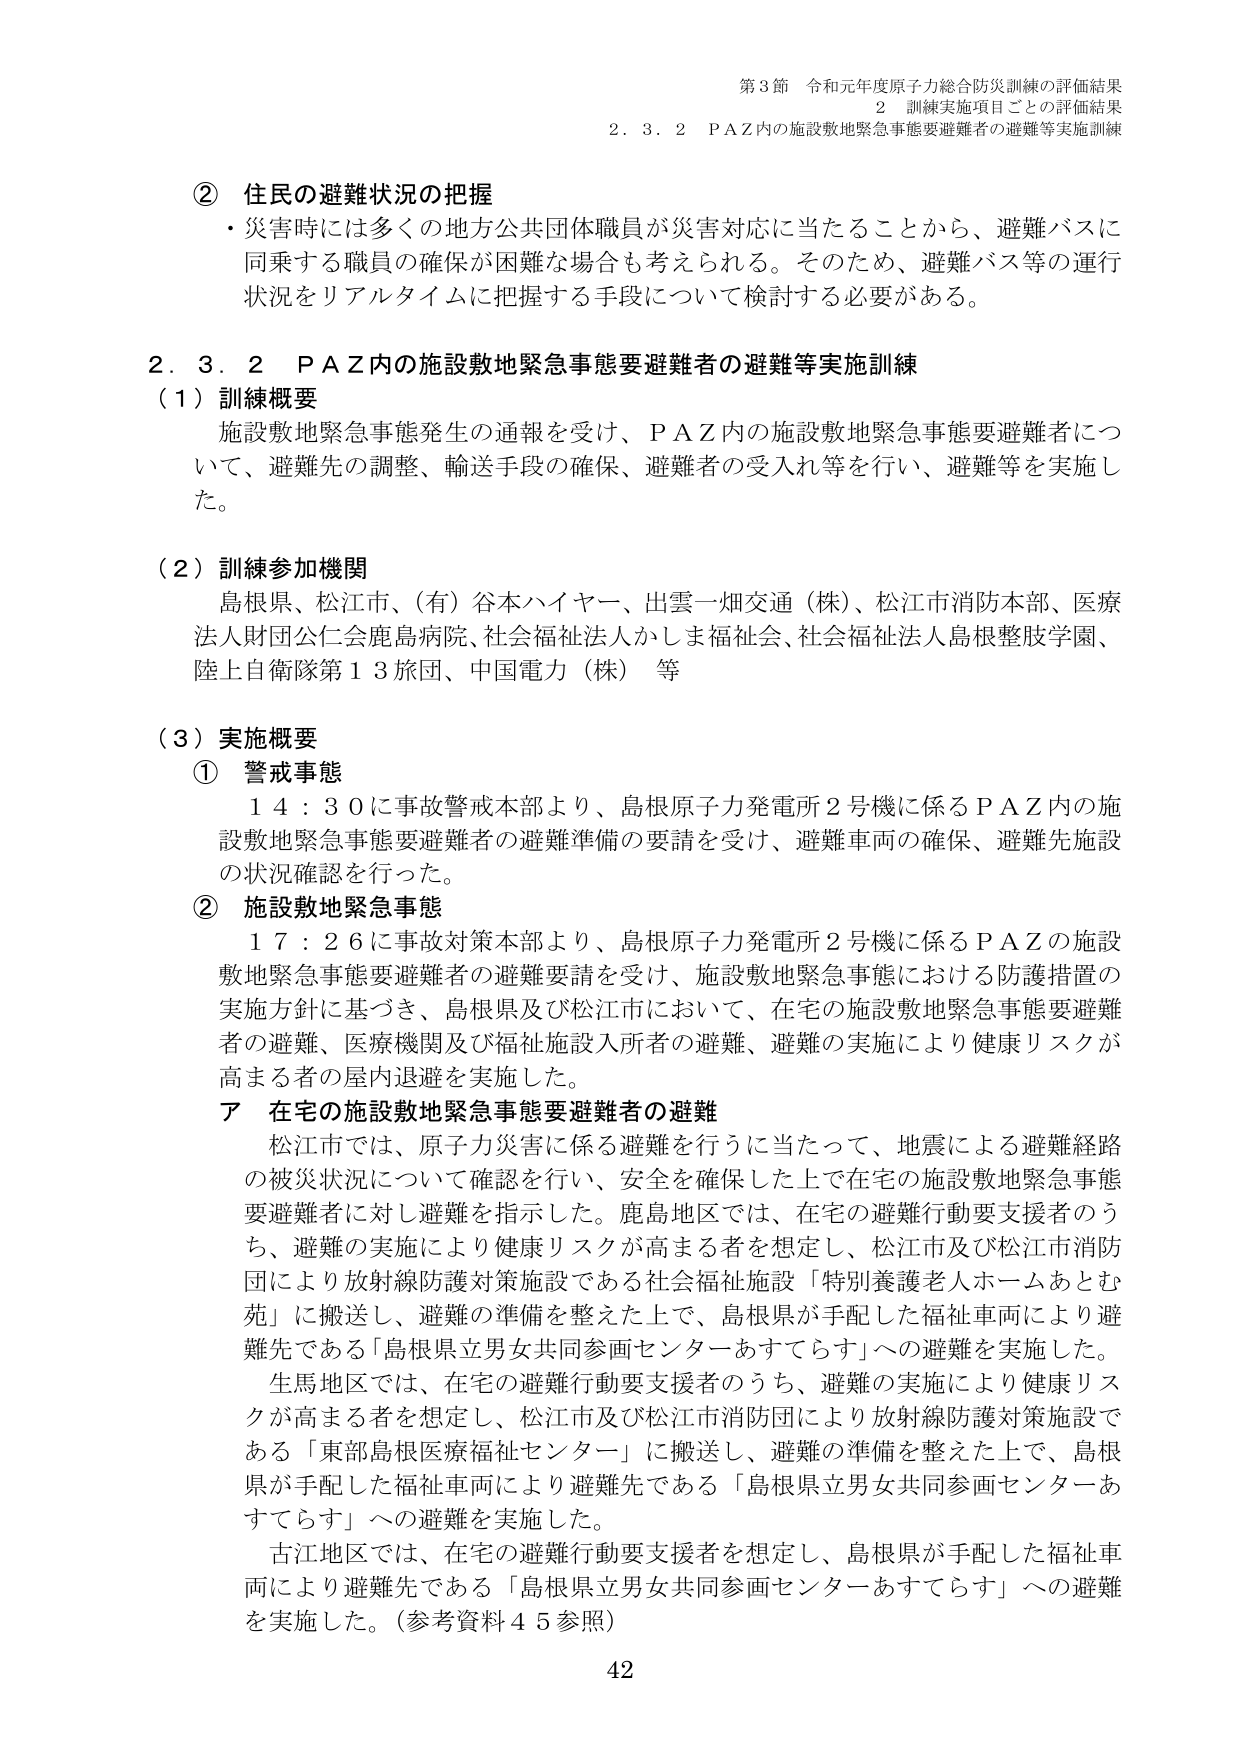
第3節 令和元年度原子力総合防災訓練の評価結果
2 訓練実施項目ごとの評価結果
2．3．2 PＡＺ内の施設敷地緊急事態要避難者の避難等実施訓練

② 住民の避難状況の把握
・災害時には多くの地方公共団体職員が災害対応に当たることから、避難バスに同乗する職員の確保が困難な場合も考えられる。そのため、避難バス等の運行状況をリアルタイムに把握する手段について検討する必要がある。

2．3．2 PＡＺ内の施設敷地緊急事態要避難者の避難等実施訓練
（1）訓練概要
施設敷地緊急事態発生の通報を受け、PＡＺ内の施設敷地緊急事態要避難者について、避難先の調整、輸送手段の確保、避難者の受入れ等を行い、避難等を実施した。

（2）訓練参加機関
島根県、松江市、（有）谷本ハイヤー、出雲一畑交通（株）、松江市消防本部、医療法人財団公仁会鹿島病院、社会福祉法人かしま福祉会、社会福祉法人島根整肢学園、陸上自衛隊第13旅団、中国電力（株） 等

（3）実施概要
① 警戒事態
14：30に事故警戒本部より、島根原子力発電所2号機に係るPＡＺ内の施設敷地緊急事態要避難者の避難準備の要請を受け、避難車両の確保、避難先施設の状況確認を行った。

② 施設敷地緊急事態
17：26に事故対策本部より、島根原子力発電所2号機に係るPＡＺの施設敷地緊急事態要避難者の避難要請を受け、施設敷地緊急事態における防護措置の実施方針に基づき、島根県及び松江市において、在宅の施設敷地緊急事態要避難者の避難、医療機関及び福祉施設入所者の避難、避難の実施により健康リスクが高まる者の屋内退避を実施した。

ア 在宅の施設敷地緊急事態要避難者の避難
松江市では、原子力災害に係る避難を行うに当たって、地震による避難経路の被災状況について確認を行い、安全を確保した上で在宅の施設敷地緊急事態要避難者に対し避難を指示した。鹿島地区では、在宅の避難行動要支援者のうち、避難の実施により健康リスクが高まる者を想定し、松江市及び松江市消防団により放射線防護対策施設である社会福祉施設「特別養護老人ホームあとむ苑」に搬送し、避難の準備を整えた上で、島根県が手配した福祉車両により避難先である「島根県立男女共同参画センターあすてらす」への避難を実施した。

生馬地区では、在宅の避難行動要支援者のうち、避難の実施により健康リスクが高まる者を想定し、松江市及び松江市消防団により放射線防護対策施設である「東部島根医療福祉センター」に搬送し、避難の準備を整えた上で、島根県が手配した福祉車両により避難先である「島根県立男女共同参画センターあすてらす」への避難を実施した。

古江地区では、在宅の避難行動要支援者を想定し、島根県が手配した福祉車両により避難先である「島根県立男女共同参画センターあすてらす」への避難を実施した。（参考資料45参照）

42